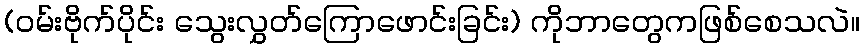
(ဝမ်းဗိုက်ပိုင်း သွေးလွှတ်ကြောဖောင်းခြင်း) ကိုဘာတွေကဖြစ်စေသလဲ။